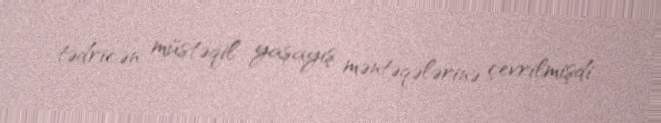
tədricən müstəqil yaşayış məntəqələrinə çevrilmişdi.